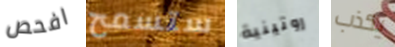
افحص ستسمح روتينية يكذب